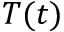
T ( t )